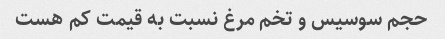
حجم سوسیس و تخم مرغ نسبت به قیمت کم هست